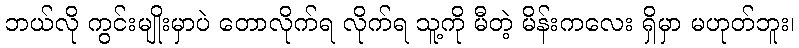
ဘယ်လို ကွင်းမျိုးမှာပဲ တောလိုက်ရ လိုက်ရ သူ့ကို မီတဲ့ မိန်းကလေး ရှိမှာ မဟုတ်ဘူး၊